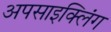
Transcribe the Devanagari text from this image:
अपसाइक्लिंग